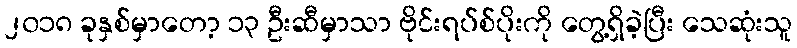
၂၀၁၈ ခုနှစ်မှာတော့ ၁၃ ဦးဆီမှာသာ ဗိုင်းရပ်စ်ပိုးကို တွေ့ရှိခဲ့ပြီး သေဆုံးသူ